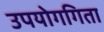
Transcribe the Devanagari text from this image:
उपयोगगिता